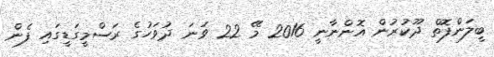
ބީލަންފޮތް ދޫކުރުން އޮންނާނީ 2016 މޭ 22 ވަނަ ދުވަހުގެ ރަސްމީގަޑީގައި ފެން